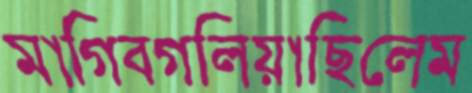
মাগিবগলিয়াছিলেম